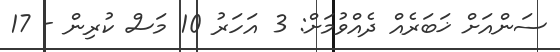
ސަންއަށް ޚަބަރެއް ދެއްވުމަށް: 3 އަހަރު 10 މަސް ކުރިން - 17